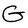
Character: G